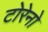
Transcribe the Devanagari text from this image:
टोरेनो